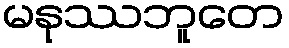
မနုဿဘူတေ